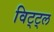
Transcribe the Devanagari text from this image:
विट्ट्ल